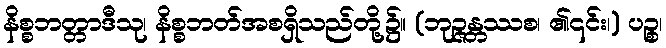
နိစ္စဘတ္တာဒီသု၊ နိစ္စဘတ်အစရှိသည်တို့၌။ (ဘုဉ္ဇန္တဿစ၊ ၏၎င်း၊) ပဉ္စ၊